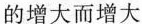
的增大而增大